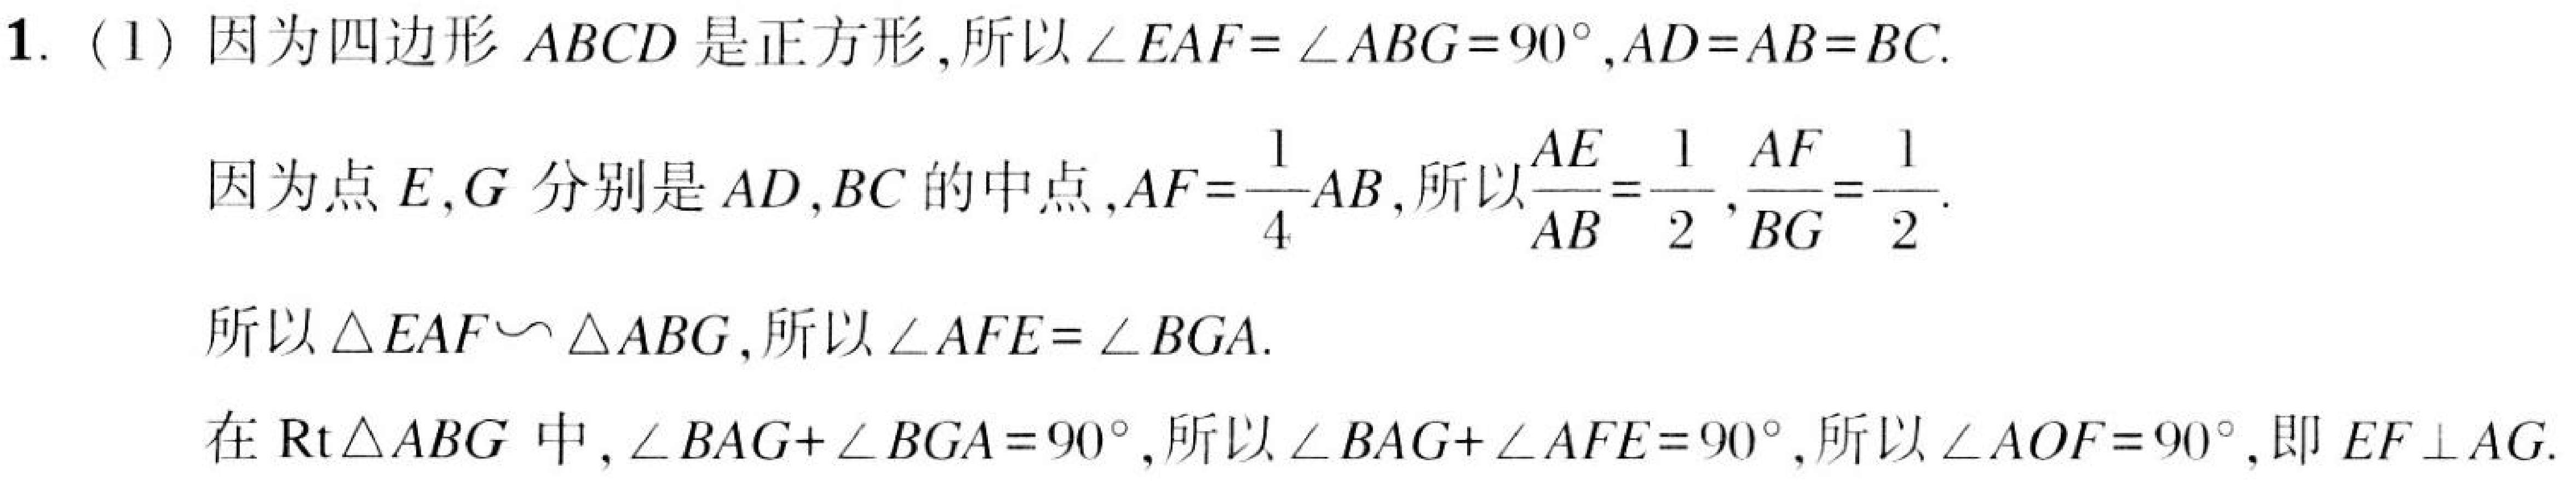
1. (1) 因为四边形 \(ABCD\) 是正方形, 所以 \(\angle EAF = \angle ABG = 90^{\circ}, AD = AB = BC\).
因为点 \(E,G\) 分别是 \(AD,BC\) 的中点,\(AF=\frac{1}{4}AB\), 所以 \(\frac{AE}{AB}=\frac{1}{2},\frac{AF}{BG}=\frac{1}{2}\).
所以 \(\triangle EAF\sim\triangle ABG\), 所以 \(\angle AFE = \angle BGA\).
在 \(\text{Rt}\triangle ABG\) 中, \(\angle BAG+\angle BGA = 90^{\circ}\), 所以 \(\angle BAG+\angle AFE = 90^{\circ}\), 所以 \(\angle AOF = 90^{\circ}\), 即 \(EF\perp AG\).